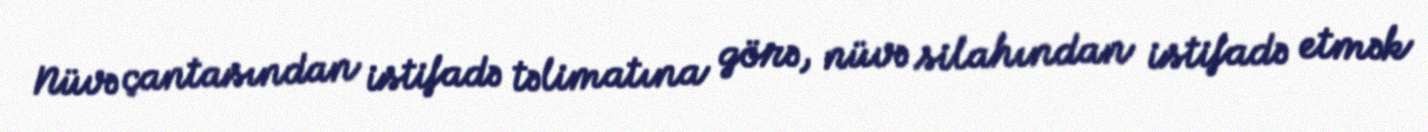
Nüvə çantasından istifadə təlimatına görə, nüvə silahından istifadə etmək